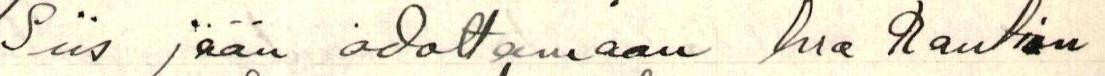
Siis jään odottamaan hra Raution